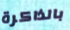
بالذاكرة